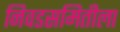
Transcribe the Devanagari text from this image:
निवडसमितीला